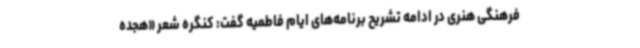
فرهنگی هنری در ادامه تشریح برنامه‌های ایام فاطمیه گفت: کنگره شعر «هجده